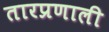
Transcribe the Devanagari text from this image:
तारप्रणाली